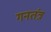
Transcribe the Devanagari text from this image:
गनतंत्र